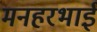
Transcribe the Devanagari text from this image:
मनहरभाई